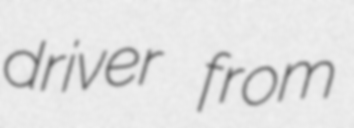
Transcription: driver from